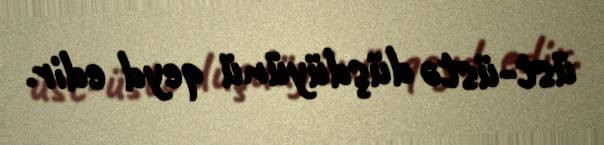
üst-üstə düşdüyünü qeyd edir.